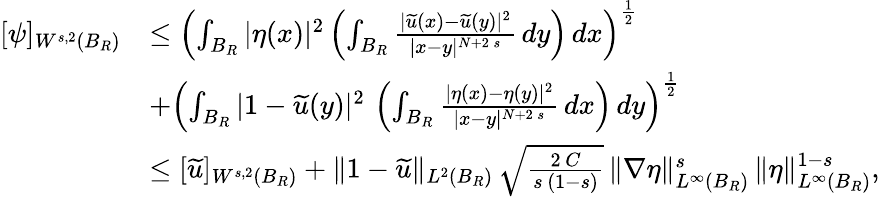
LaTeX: \begin{array}{rl}{[\psi]_{W^{s,2}(B_{R})}}&{\le\left(\int_{B_{R}}|\eta(x)|^{2}\left(\int_{B_{R}}\frac{|\widetilde{u}(x)-\widetilde{u}(y)|^{2}}{|x-y|^{N+2\, s}}\, dy\right)\, dx\right)^{\frac{1}{2}}}\\ &{+\left(\int_{B_{R}}|1-\widetilde{u}(y)|^{2}\, \left(\int_{B_{R}}\frac{|\eta(x)-\eta(y)|^{2}}{|x-y|^{N+2\, s}}\, dx\right)\, dy\right)^{\frac{1}{2}}}\\ &{\le[\widetilde{u}]_{W^{s,2}(B_{R})}+\| 1-\widetilde{u}\| _{L^{2}(B_{R})}\, \sqrt{\frac{2\, C}{s\, (1-s)}}\, \| \nabla\eta\| _{L^{\infty}(B_{R})}^{s}\, \| \eta\| _{L^{\infty}(B_{R})}^{1-s},}\end{array}